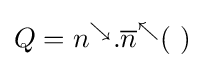
Q=n^{\searrow }.{\overline {n}}^{\nwarrow }(~)